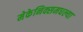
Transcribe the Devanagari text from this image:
मेकेनिक्समधल्या